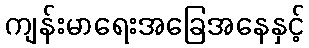
ကျန်းမာရေးအခြေအနေနှင့်